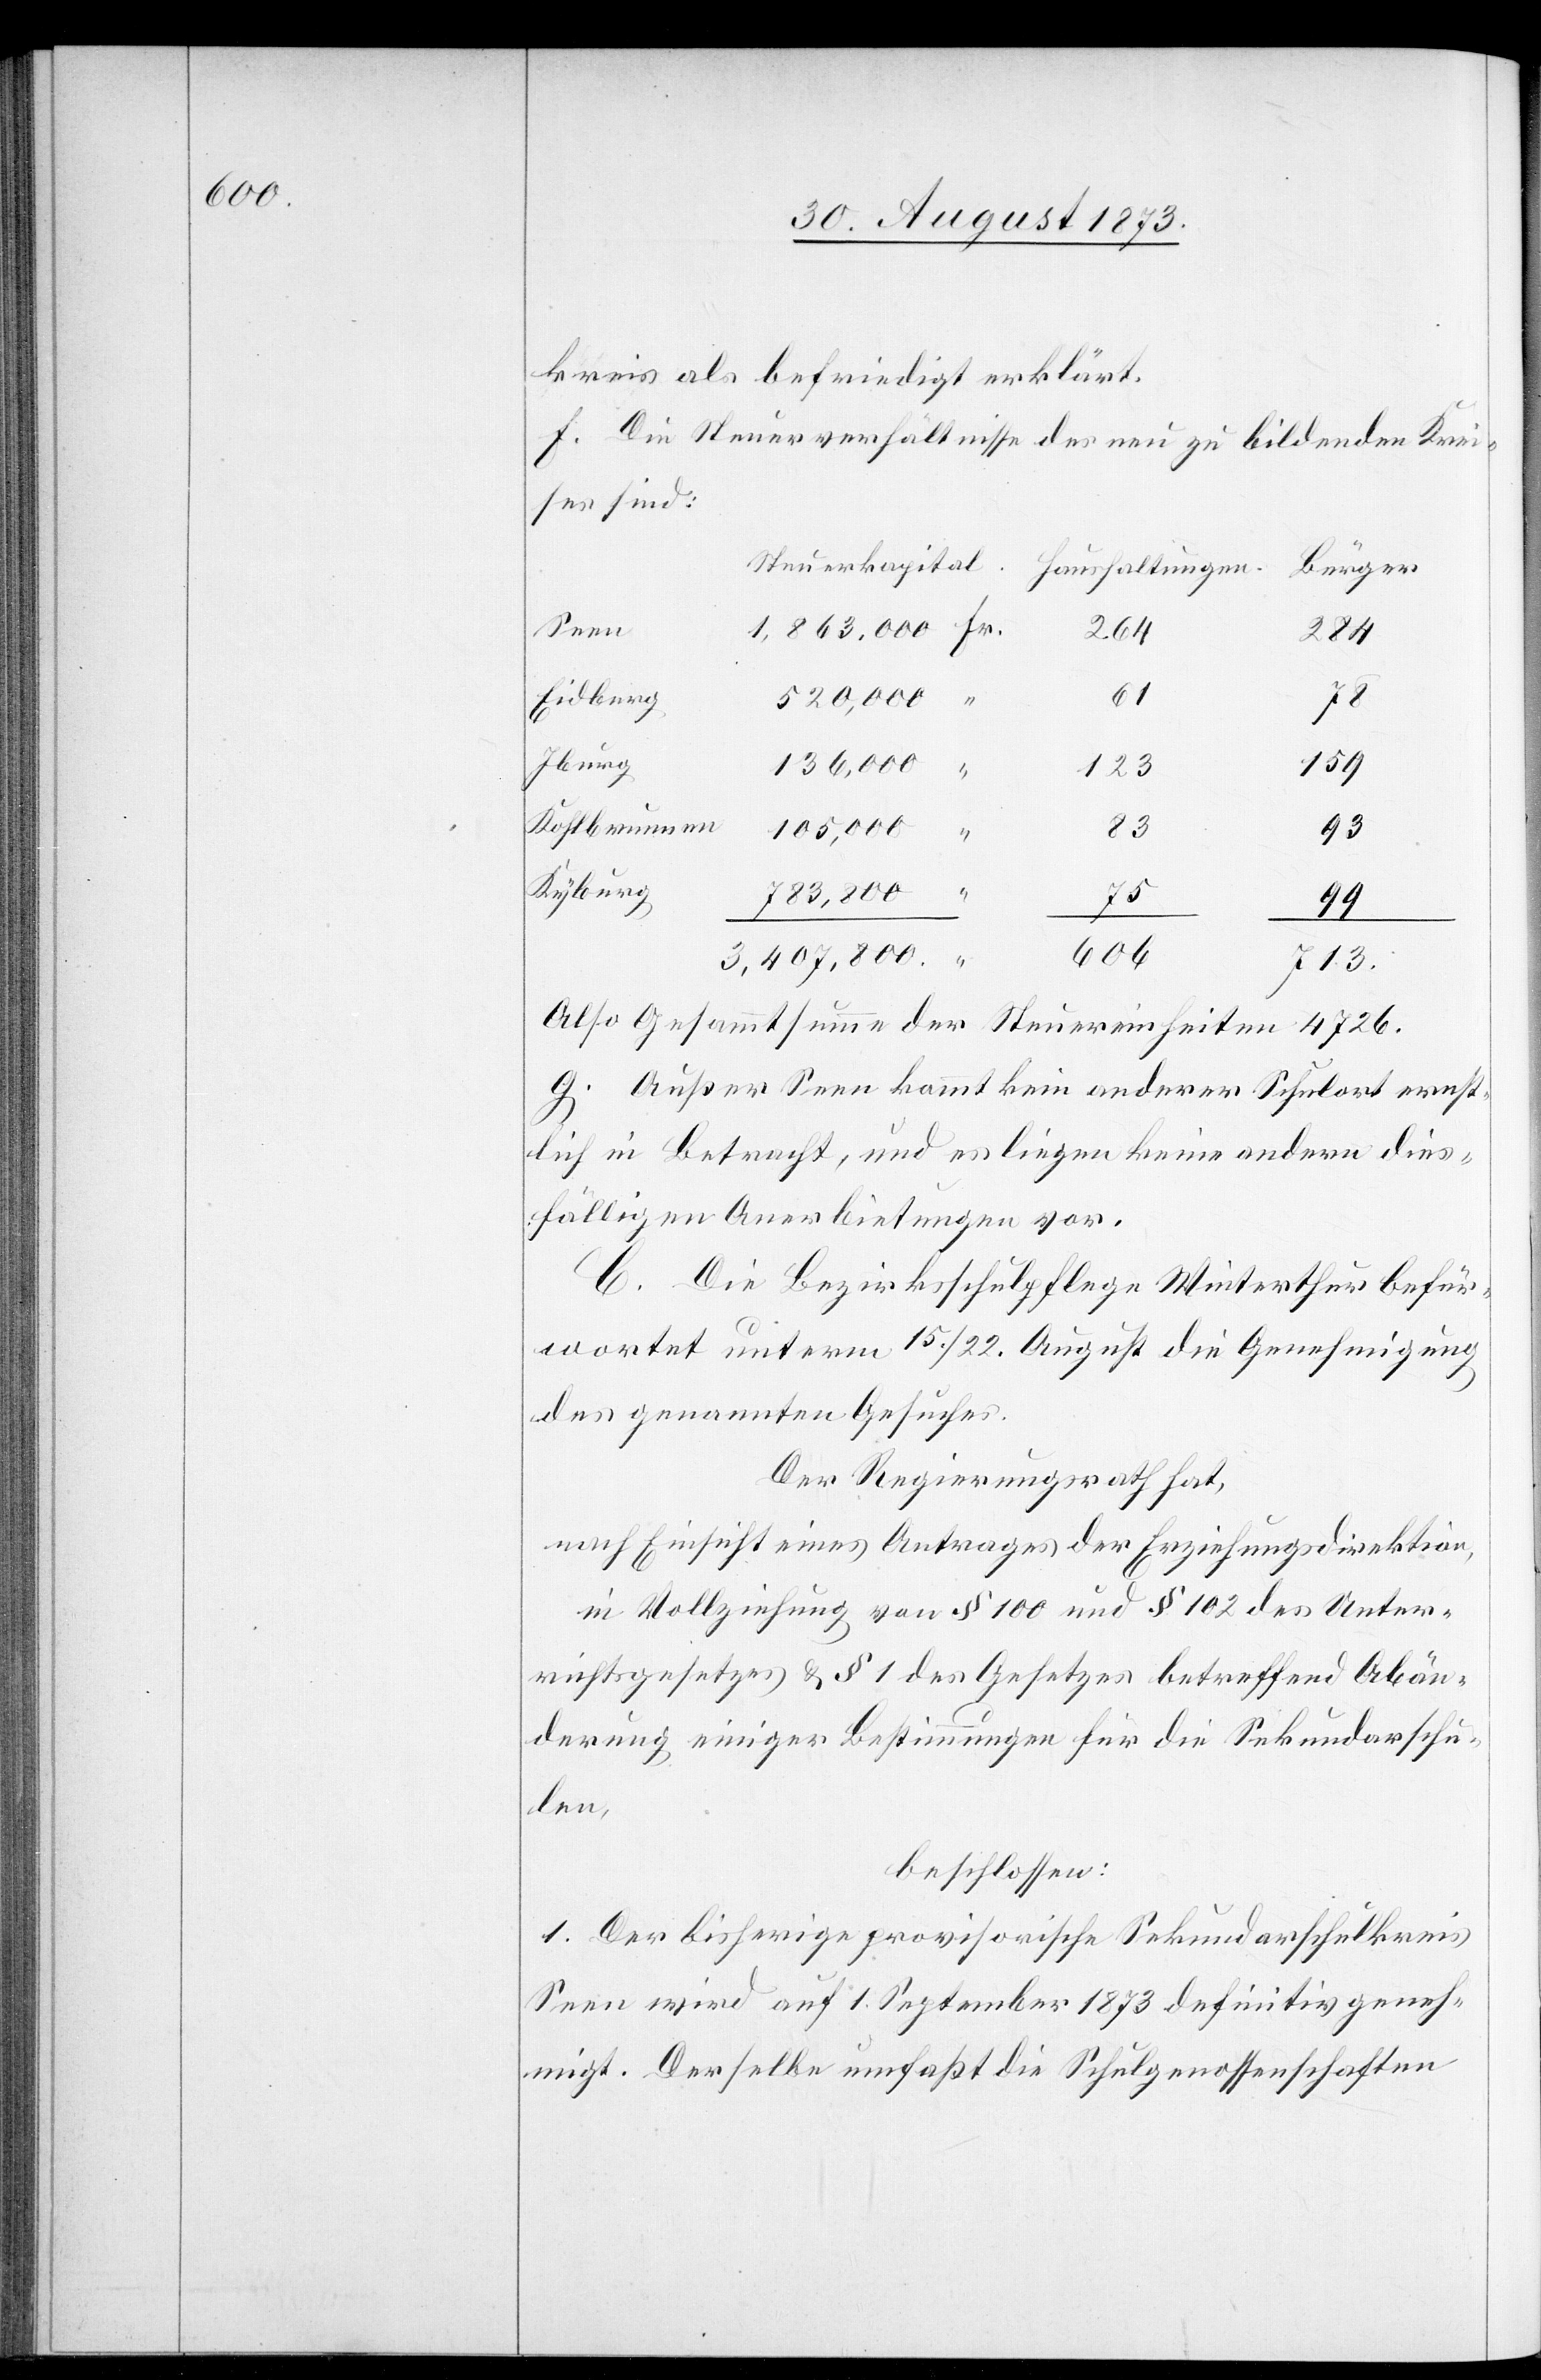
kreis als befriedigt erklärt.
f. Die Steuerverhältnisse des neu zu bildenden Krei¬
ses sind:
Steuerkapital
Bürger
Haushaltungen
Seen
264
284
61
Eidberg
78
Iburg
136,000
159
123
Kohlbrunnen
105,000
83
93
Kyburg
783,800
713.
99
606
3,407,800
Also Gesamtsumme der Steuereinheiten 4 726.
g. Außer Seen kommt kein anderer Schulort ernst¬
lich in Betracht, und es liegen keine andern dies¬
fälligen Anerbietungen vor.
C. Die Bezirksschulpflege Winterthur befür¬
wortet unterm 15./22. August die Genehmigung
des genannten Gesuches.
Der Regierungsrath hat,
nach Einsicht eines Antrages der Erziehungsdirektion,
in Vollziehung von § 100 und § 102 des Unter¬
richtsgesetzes & § 1 des Gesetzes betreffend Abän¬
derung einiger Bestimmungen für die Sekundarschu¬
len,
beschlossen:
1. Der bisherige provisorische Sekundarschulkreis
Seen wird auf 1. September 1873 definitiv geneh¬
migt. Derselbe umfaßt die Schulgenossenschaften